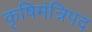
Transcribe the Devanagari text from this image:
कृषिमंत्रिपद